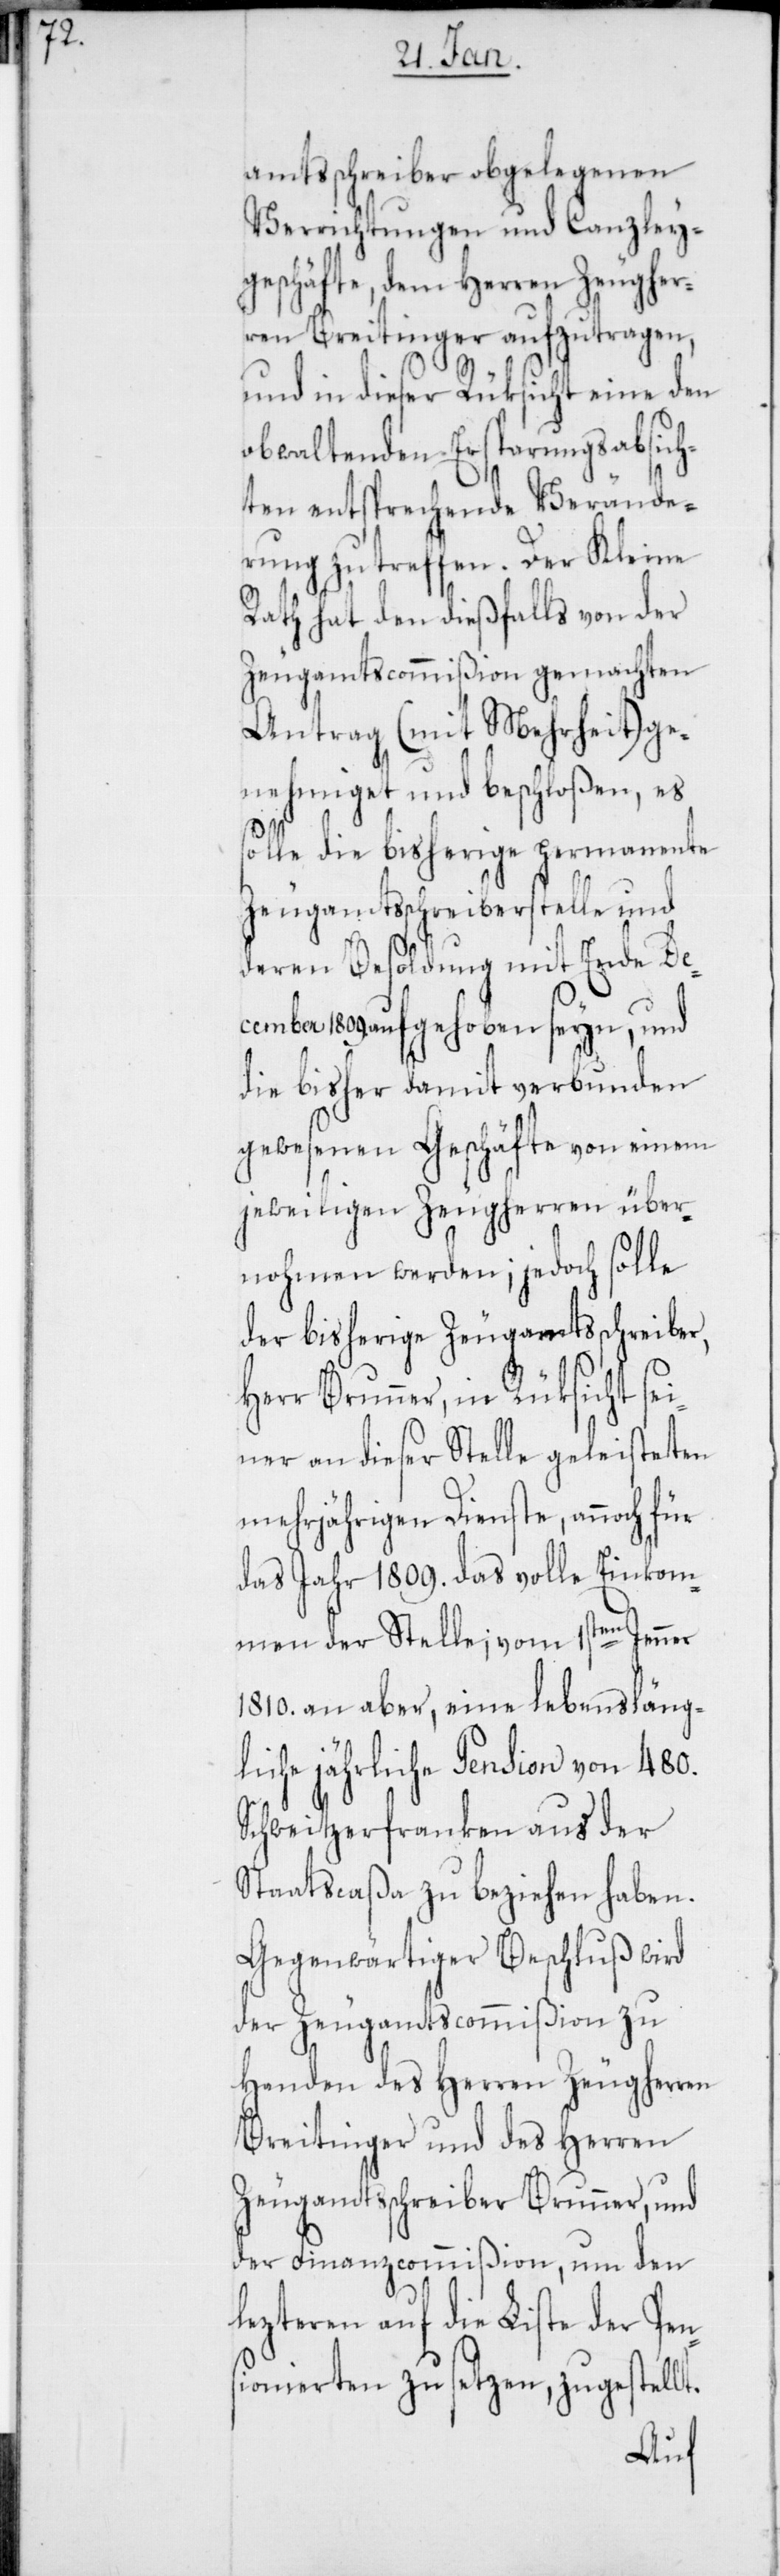
amtsschreiber obgelegenen
Verrichtungen und Canzley¬
geschäfte, dem Herren Zeugher¬
ren Breitinger aufzutragen,
und in dieser Rüksicht eine den
obwaltenden Ersparungsabsich¬
ten entsprechende Verände¬
rung zu treffen. Der Kleine
Rath hat den dießfalls von der
Zeugamtscommißion gemachten
Antrag (mit Mehrheit) ge¬
nehmiget und beschloßen, es
solle die bisherige permanente
Zeugamtsschreiberstelle und
deren Besoldung mit Ende De¬
cember 1809. aufgehoben seyn, und
die bisher damit verbunden
gewesenen Geschäfte von einem
jeweiligen Zeugherren über¬
nohmen werden; jedoch solle
der bisherige Zeugamtsschreiber,
Herr Brunner, in Rüksicht sei¬
ner an dieser Stelle geleisteten
mehrjährigen Dienste, annoch für
das Jahr 1809. das volle Einkom¬
men der Stelle; vom 1sten Jenner
1810. an aber, eine lebensläng¬
liche jährliche Pension von 480.
Schweitzerfranken aus der
Staatscaßa zu beziehen haben.
Gegenwärtiger Beschluß wird
der Zeugamtscommißion zu
Handen des Herren Zeugherren
Breitinger und des Herren
Zeugamtsschreiber Brunner, und
der Finanzcommißion, um den
lezteren auf die Liste der Pen¬
sionierten zu setzen, zugestellt.